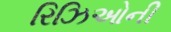
રિઝિઓની